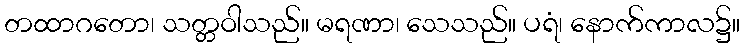
တထာဂတော၊ သတ္တဝါသည်။ မရဏာ၊ သေသည်။ ပရံ၊ နောက်ကာလ၌။